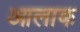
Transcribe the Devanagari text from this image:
आलाक